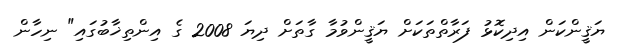
ޔަޤީންކަން އިދިކޮޅު ފަރާތްތަކަށް ޔަޤީންވުމާ ގާތަށް ދިޔަ 2008 ގެ އިންތިޚާބުގައި" ނިހާން